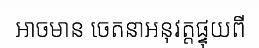
អាចមាន ចេតនាអនុវត្តផ្ទុយពី